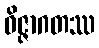
ဝိဇ္ဇာဂတဿ